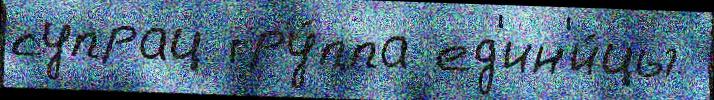
супрац гру́ппа ед'ин'и́цы